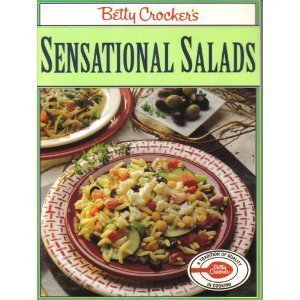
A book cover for Betty Crocker's Sensational Salads; Betty Crocker; Cookbooks, Food & Wine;